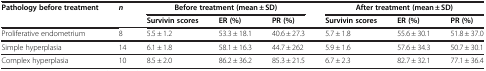
<table><thead><tr><td><b>Pathology before treatment</b></td><td><b><i>n</i></b></td><td colspan="3"><b>Before treatment (mean ± SD)</b></td><td colspan="3"><b>After treatment (mean ± SD)</b></td></tr><tr><td><b> </b></td><td><b> </b></td><td><b>Survivin scores</b></td><td><b>ER (%)</b></td><td><b>PR (%)</b></td><td><b>Survivin scores</b></td><td><b>ER (%)</b></td><td><b>PR (%)</b></td></tr></thead><tbody><tr><td>Proliferative endometrium</td><td>8</td><td>5.5 ± 1.2</td><td>53.3 ± 18.1</td><td>40.6 ± 27.3</td><td>5.7 ± 1.8</td><td>55.6 ± 30.1</td><td>51.8 ± 37.0</td></tr><tr><td>Simple hyperplasia</td><td>14</td><td>6.1 ± 1.8</td><td>58.1 ± 16.3</td><td>44.7 ± 262</td><td>5.9 ± 1.6</td><td>57.6 ± 34.3</td><td>50.7 ± 30.1</td></tr><tr><td>Complex hyperplasia</td><td>10</td><td>8.5 ± 2.0</td><td>86.2 ± 36.2</td><td>85.3 ± 21.5</td><td>6.7 ± 2.3</td><td>82.7 ± 32.1</td><td>77.1 ± 36.4</td></tr></tbody></table>